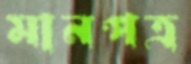
মানপত্র